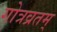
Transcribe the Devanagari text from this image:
गोत्रव्रतम्